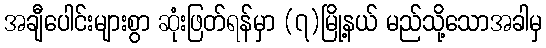
အချီပေါင်းများစွာ ဆုံးဖြတ်ရန်မှာ (၇)မြို့နယ် မည်သို့သောအခါမှ